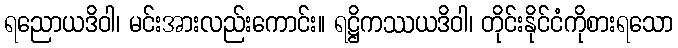
ရညောယဒိဝါ၊ မင်းအားလည်းကောင်း။ ရဋ္ဌိကဿယဒိဝါ၊ တိုင်းနိုင်ငံကိုစားရသော